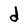
Character: d